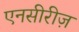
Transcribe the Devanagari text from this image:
एनसीरीज़